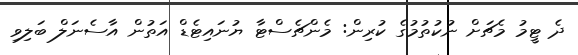
ދެ ޓީމު މެޗަށް ނުކުތުމުގެ ކުރިން: މެންޗެސްޓާ ޔުނައިޓެޑް އަތުން އާސެނަލް ބަލިވި